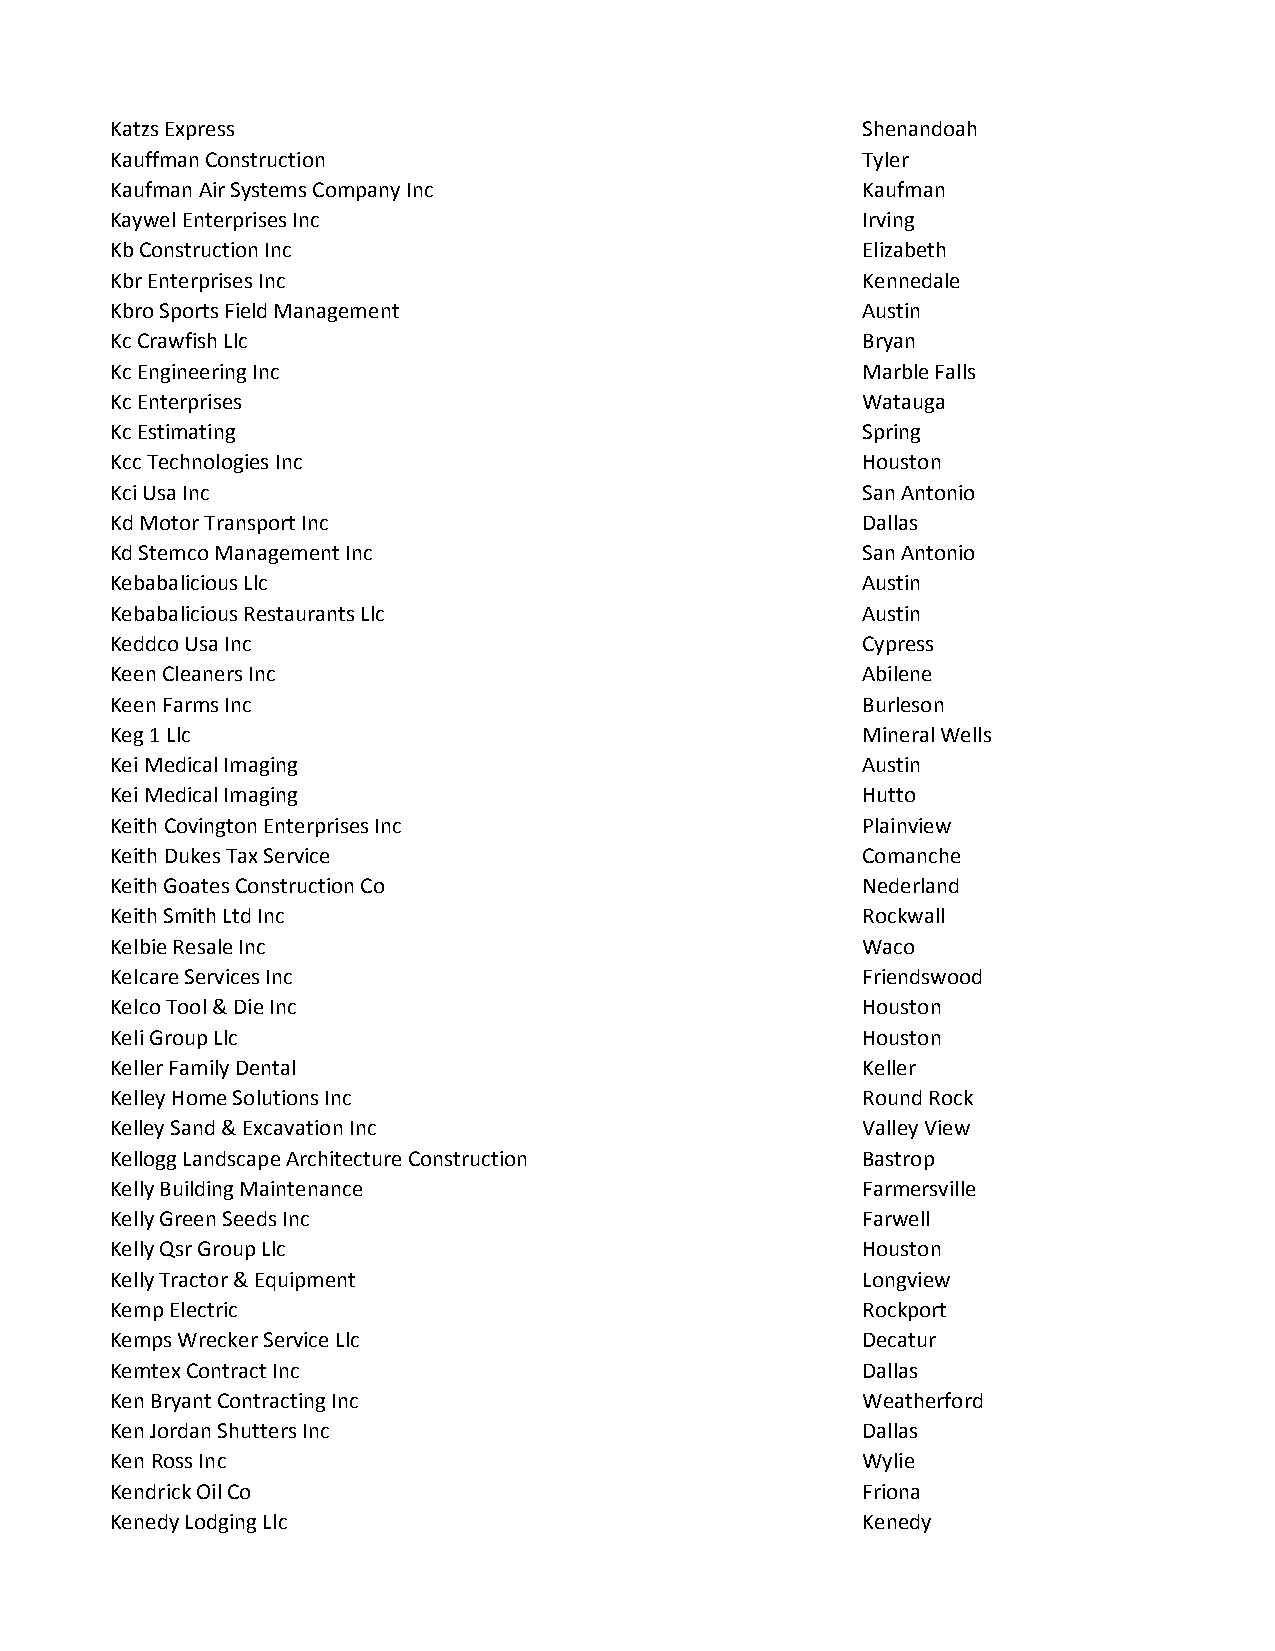
Katzs Express                                     Shenandoah
 Kauffman Construction                             Tyler
 Kaufman Air Systems Company Inc                   Kaufman
 Kaywel Enterprises Inc                            Irving
 Kb Construction Inc                               Elizabeth
 Kbr Enterprises Inc                               Kennedale
 Kbro Sports Field Management                      Austin
 Kc Crawfish Llc                                   Bryan
 Kc Engineering Inc                                Marble Falls
 Kc Enterprises                                    Watauga
 Kc Estimating                                     Spring
 Kcc Technologies Inc                              Houston
 Kci Usa Inc                                       San Antonio
 Kd Motor Transport Inc                            Dallas
 Kd Stemco Management Inc                          San Antonio
 Kebabalicious Llc                                 Austin
 Kebabalicious Restaurants Llc                     Austin
 Keddco Usa Inc                                    Cypress
 Keen Cleaners Inc                                 Abilene
 Keen Farms Inc                                    Burleson
 Keg 1 Llc                                         Mineral Wells
 Kei Medical Imaging                               Austin
 Kei Medical Imaging                               Hutto
 Keith Covington Enterprises Inc                   Plainview
 Keith Dukes Tax Service                           Comanche
 Keith Goates Construction Co                      Nederland
 Keith Smith Ltd Inc                               Rockwall
 Kelbie Resale Inc                                 Waco
 Kelcare Services Inc                              Friendswood
 Kelco Tool & Die Inc                              Houston
 Keli Group Llc                                    Houston
 Keller Family Dental                              Keller
 Kelley Home Solutions Inc                         Round Rock
 Kelley Sand & Excavation Inc                      Valley View
 Kellogg Landscape Architecture Construction       Bastrop
 Kelly Building Maintenance                        Farmersville
 Kelly Green Seeds Inc                             Farwell
 Kelly Qsr Group Llc                               Houston
 Kelly Tractor & Equipment                         Longview
 Kemp Electric                                     Rockport
 Kemps Wrecker Service Llc                         Decatur
 Kemtex Contract Inc                               Dallas
 Ken Bryant Contracting Inc                        Weatherford
 Ken Jordan Shutters Inc                           Dallas
 Ken Ross Inc                                      Wylie
 Kendrick Oil Co                                   Friona
 Kenedy Lodging Llc                                Kenedy